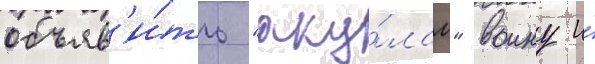
объяв'и́ть "аку́лам" воину и́